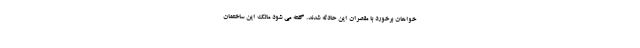
خواهان برخورد با مقصران این حادثه شدند. گفته می شود مالک این ساختمان